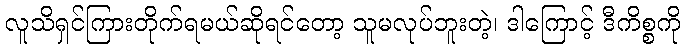
လူသိရှင်ကြားတိုက်ရမယ်ဆိုရင်တော့ သူမလုပ်ဘူးတဲ့၊ ဒါကြောင့် ဒီကိစ္စကို